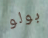
بولو